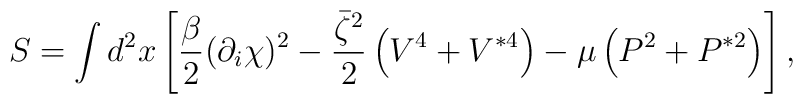
S=  \int d^2x\left[\frac\beta2(\partial_i\chi)^2-{\bar\zeta^2\over 2}\left(V^4+V^{*4}\right)- \mu\left(P^2+P^{*2}\right)\right],